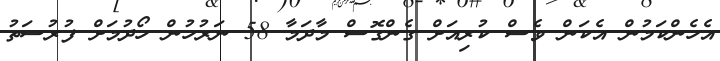
އެހެންކަމުން އެކަން ވެސް ކުރިއަށް ގެންގޮސް މާދަމާ 58 ނަރުހުން ހޯދުމަށް ފުރުސަތު